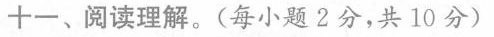
+-、阅读理解.(每小题 2分,共 10 分)